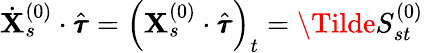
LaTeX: \dot{\mathbf{X}}_{s}^{(0)}\cdot\hat{\pmb{\tau}}=\left(\mathbf{X}_{s}^{(0)}\cdot\hat{\pmb{\tau}}\right)_{t}=\Tilde{S}_{st}^{(0)}